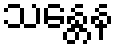
သန္တေန